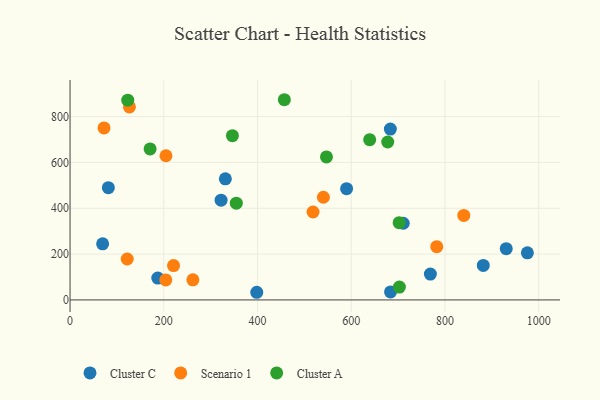
{"axis": {"x": "Speed", "y": "Exam Score"}, "legend": ["Cluster A", "Cluster C", "Scenario 1"], "data": [{"x": "69.5", "y": 244.8, "type": "Cluster C"}, {"x": "930.8", "y": 223.5, "type": "Cluster C"}, {"x": "683.9", "y": 35.0, "type": "Cluster C"}, {"x": "881.8", "y": 150.5, "type": "Cluster C"}, {"x": "711.0", "y": 334.5, "type": "Cluster C"}, {"x": "81.7", "y": 489.5, "type": "Cluster C"}, {"x": "322.3", "y": 435.3, "type": "Cluster C"}, {"x": "187.2", "y": 95.3, "type": "Cluster C"}, {"x": "683.5", "y": 745.4, "type": "Cluster C"}, {"x": "590.1", "y": 485.3, "type": "Cluster C"}, {"x": "398.4", "y": 33.4, "type": "Cluster C"}, {"x": "768.9", "y": 112.8, "type": "Cluster C"}, {"x": "975.9", "y": 205.5, "type": "Cluster C"}, {"x": "331.4", "y": 528.1, "type": "Cluster C"}, {"x": "262.1", "y": 87.8, "type": "Scenario 1"}, {"x": "220.8", "y": 149.8, "type": "Scenario 1"}, {"x": "518.5", "y": 383.5, "type": "Scenario 1"}, {"x": "122.0", "y": 178.5, "type": "Scenario 1"}, {"x": "782.5", "y": 232.2, "type": "Scenario 1"}, {"x": "126.7", "y": 841.8, "type": "Scenario 1"}, {"x": "204.3", "y": 87.4, "type": "Scenario 1"}, {"x": "204.7", "y": 629.0, "type": "Scenario 1"}, {"x": "72.5", "y": 750.3, "type": "Scenario 1"}, {"x": "540.6", "y": 447.9, "type": "Scenario 1"}, {"x": "840.2", "y": 368.7, "type": "Scenario 1"}, {"x": "547.2", "y": 623.8, "type": "Cluster A"}, {"x": "677.9", "y": 689.0, "type": "Cluster A"}, {"x": "457.3", "y": 873.3, "type": "Cluster A"}, {"x": "170.8", "y": 658.9, "type": "Cluster A"}, {"x": "639.4", "y": 699.1, "type": "Cluster A"}, {"x": "123.1", "y": 871.4, "type": "Cluster A"}, {"x": "702.3", "y": 336.9, "type": "Cluster A"}, {"x": "346.5", "y": 716.5, "type": "Cluster A"}, {"x": "702.8", "y": 55.9, "type": "Cluster A"}, {"x": "354.8", "y": 422.2, "type": "Cluster A"}]}